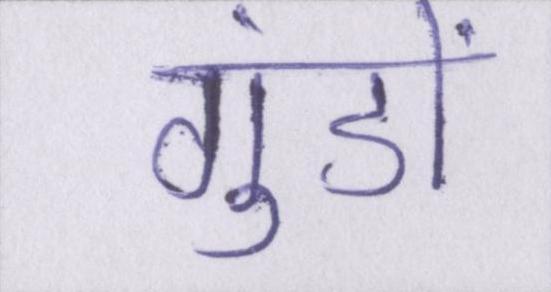
गुंडों